Trukikaitis_Postimees, lk 238
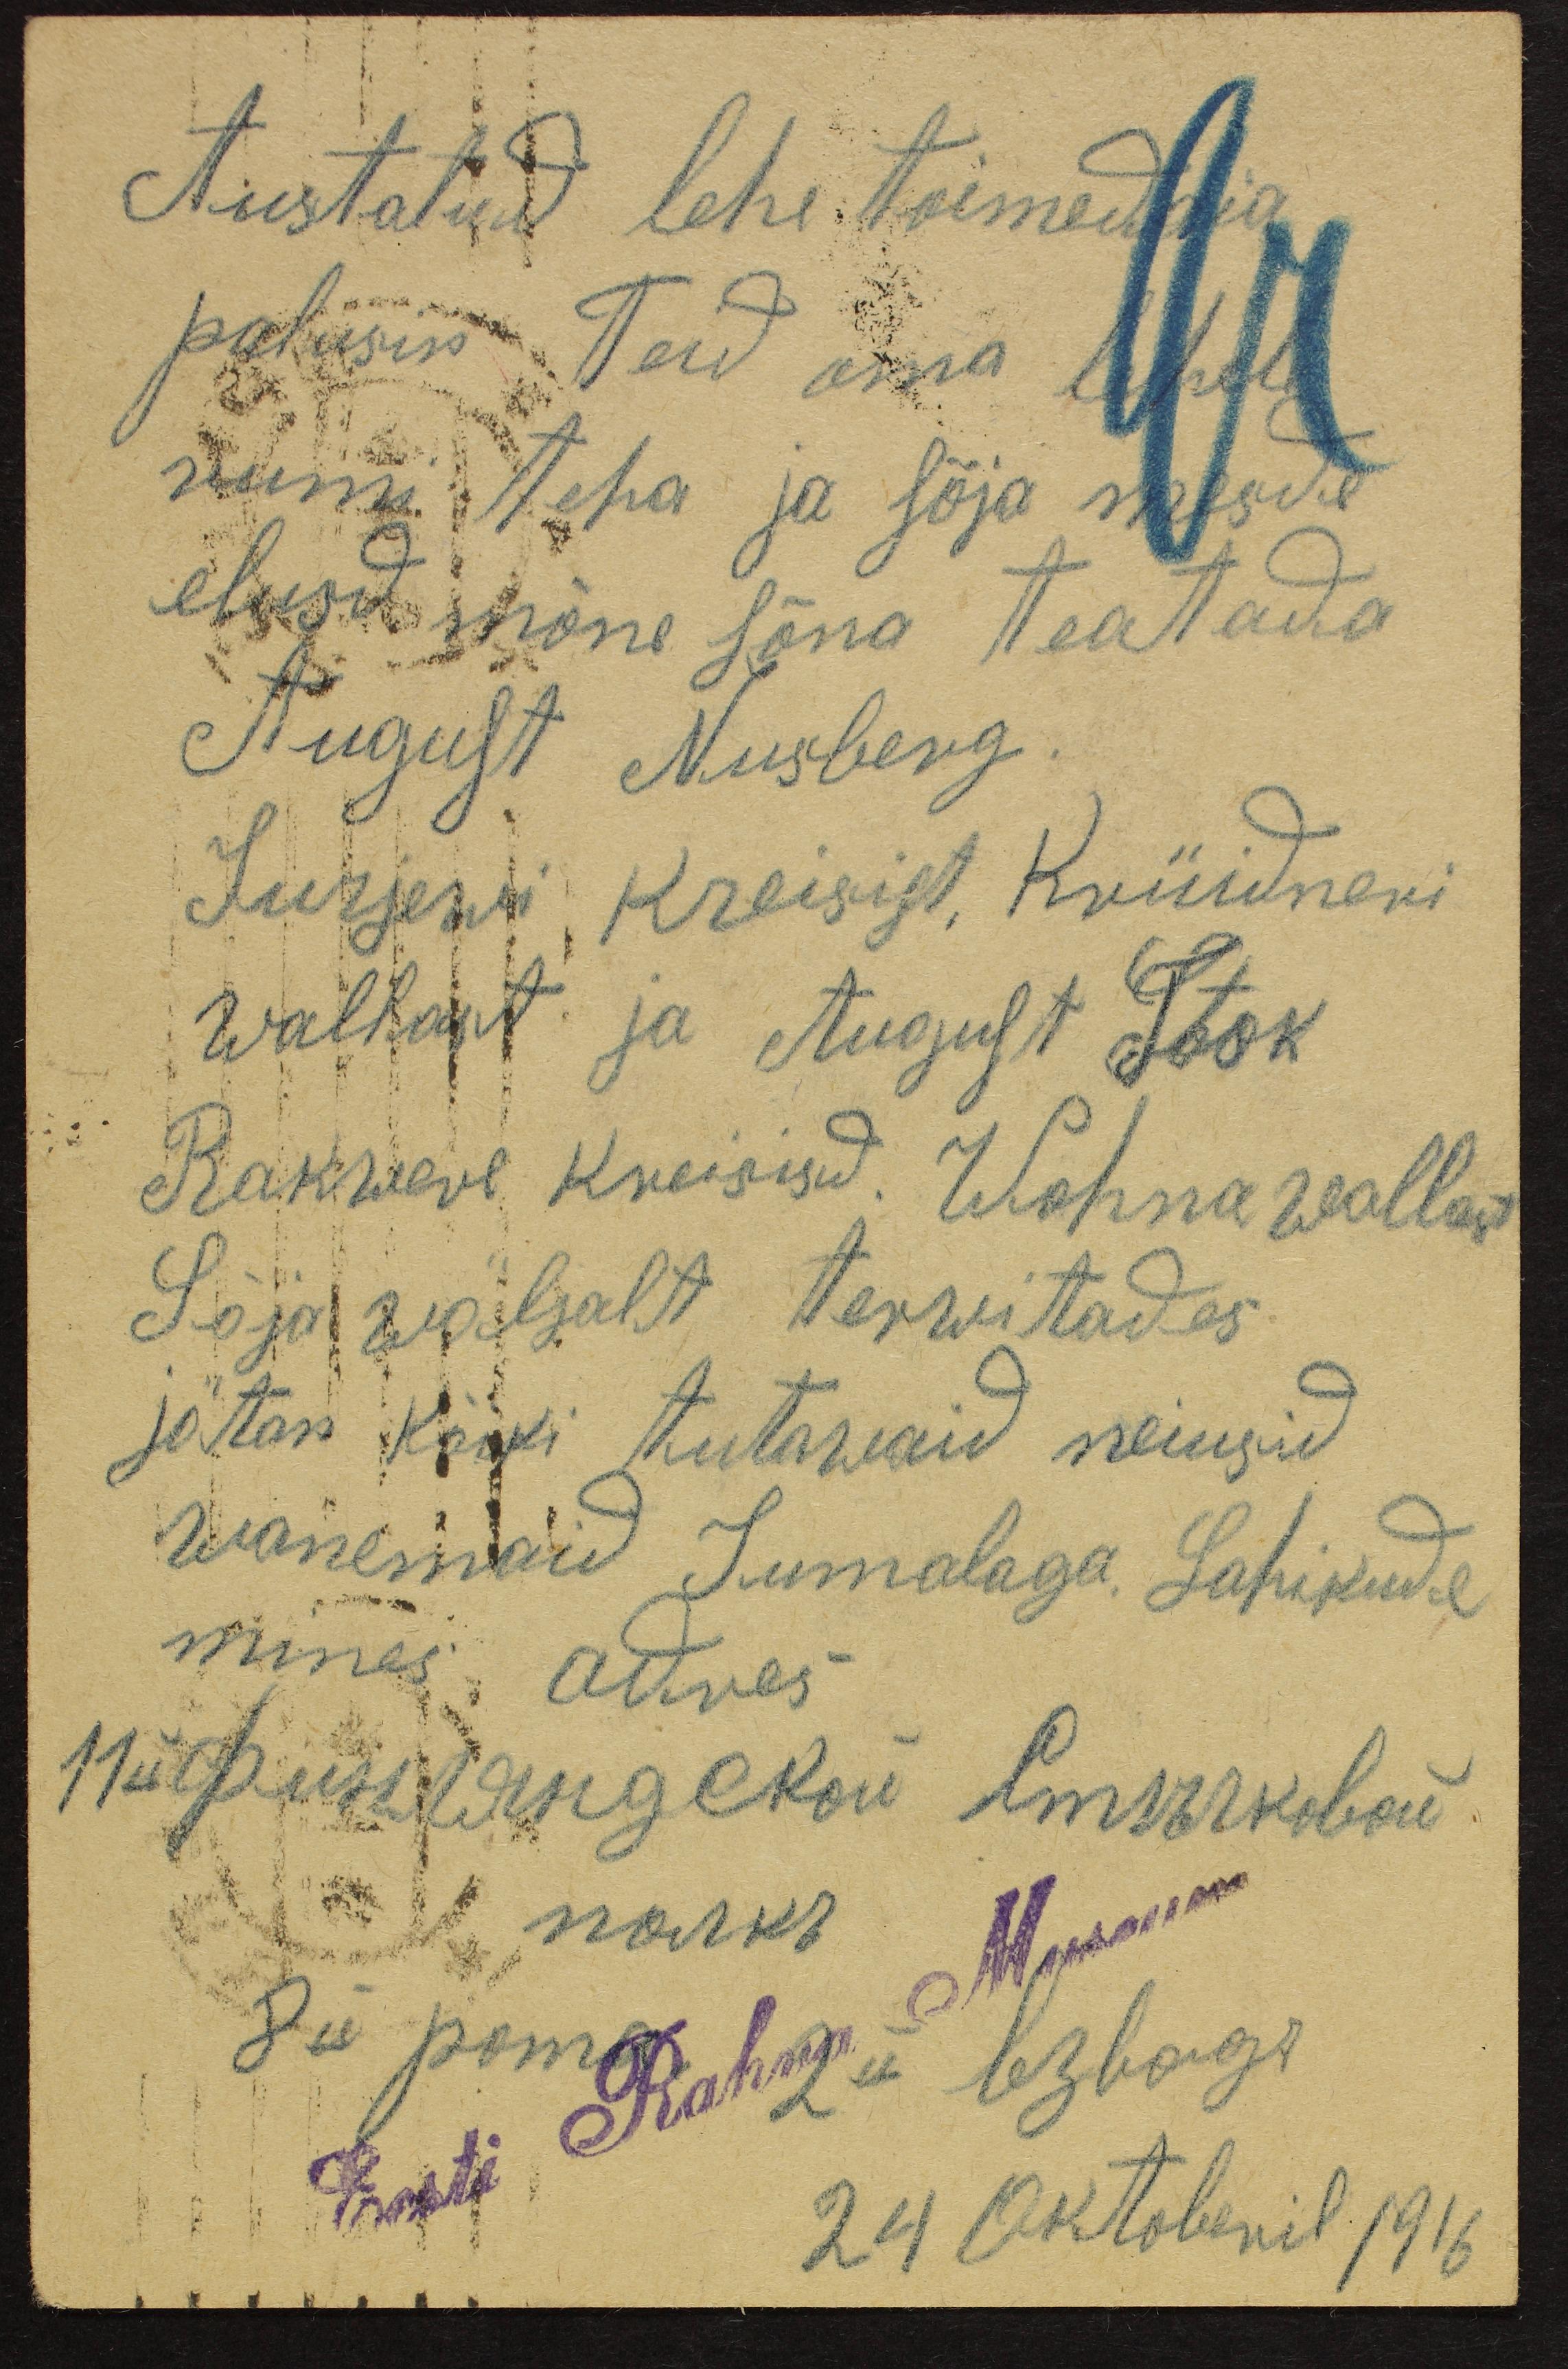
Austatud lehe toimedaia
palusin. Teid oma lehele
rumi teha ja sõja mesde
elusd mõne sõna teatada
August Nusberg.
Jurjewi Kreisist, Krüidneri
wallast ja August Took
Rakwere kreisisd. Wohna wallast
Sõja wäljalt terwitades
jätan kõiki tutawaid neiusid
wanemaid Jumalaga. Lahikudel
mines adres
24 Oktoberil 1916